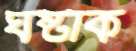
ঘষ্‌টাক